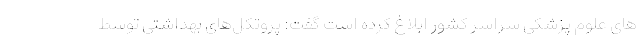
های علوم پزشکی سراسر کشور ابلاغ کرده است گفت: پروتکل‌های بهداشتی توسط